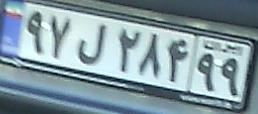
۹۷ل۲۸۴۹۹